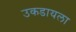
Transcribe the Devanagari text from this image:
उकडायला